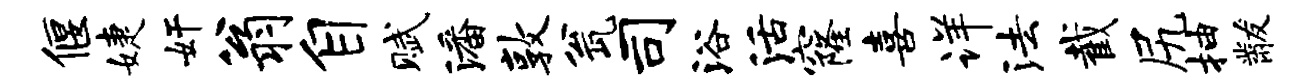
偃婕奸翁自赋潘敦瓮司浴活窿喜详法截尻抽黻